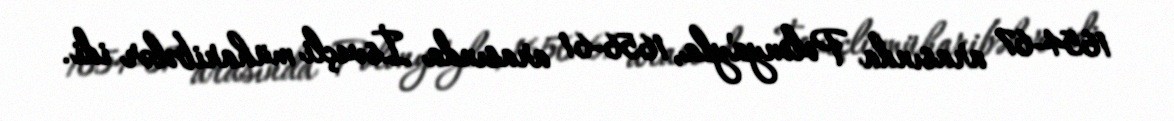
1654-67 arasında Polonya'yla, 1656-61 arasında İsveçli müharibələr idi.